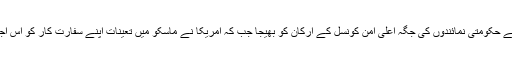
افغان حکومت نے حکومتی نمائندوں کی جگہ اعلیٰ امن کونسل کے ارکان کو بھیجا جب کہ امریکا نے ماسکو میں تعینات اپنے سفارت کار کو اس اجلاس میں بھیجا۔